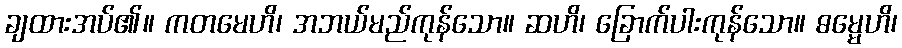
ချထားအပ်၏။ ကတမေဟိ၊ အဘယ်မည်ကုန်သော။ ဆဟိ၊ ခြောက်ပါးကုန်သော။ ဓမ္မေဟိ၊